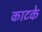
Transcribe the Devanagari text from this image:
काटके